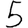
Digit: 5